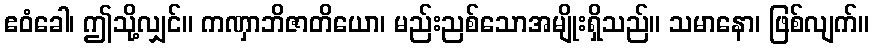
ဧဝံခေါ၊ ဤသို့လျှင်။ ကဏှာဘိဇာတိယော၊ မည်းညစ်သောအမျိုးရှိသည်။ သမာနော၊ ဖြစ်လျက်။